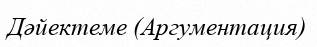
Дәйектеме (Аргументация)